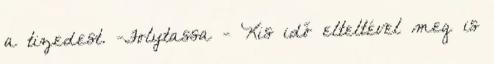
a tizedest. -Folytassa - Kis idő elteltével meg is